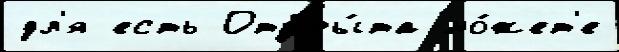
дл'я есть Откры́та мо́жет'е